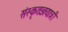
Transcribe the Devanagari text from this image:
संस्कृतज्ञयात्री